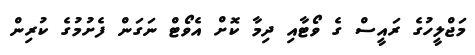
މަޖްލީހުގެ ރައީސް ގެ ވޯޓާއި ދިމާ ކޮށް އެވޯޓް ނަގަން ފެށުމުގެ ކުރިން